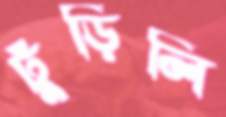
ঢুঁড়িলি